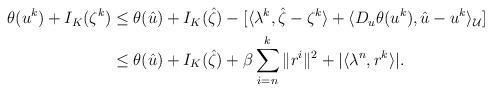
LaTeX: \begin{align*}\begin{aligned}\theta(u^k) + I_K(\zeta^k) & \leq \theta(\hat{u}) + I_K(\hat{\zeta}) - [ \langle \lambda^k, \hat{\zeta} - \zeta^k\rangle + \langle D_u\theta(u^k), \hat{u} - u^k \rangle_\mathcal{U}] \\& \leq \theta(\hat{u}) + I_K(\hat{\zeta}) + \beta\sum\limits_{i = n}^{k}\|r^{i}\|^2 + |\langle \lambda^n, r^k\rangle|.\end{aligned}\end{align*}